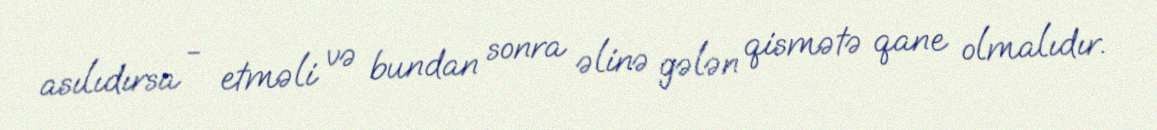
asılıdırsa - etməli və bundan sonra əlinə gələn qismətə qane olmalıdır.